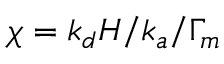
\chi = k _ { d } H / k _ { a } / \Gamma _ { m }